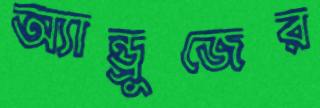
অ্যান্ড্রুজের